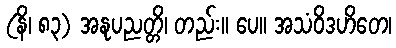
(နိ၊ ၈၃) အနုပညတ္တိ၊ တည်း။ ပေ။ အသံဝိဒဟိတေ၊